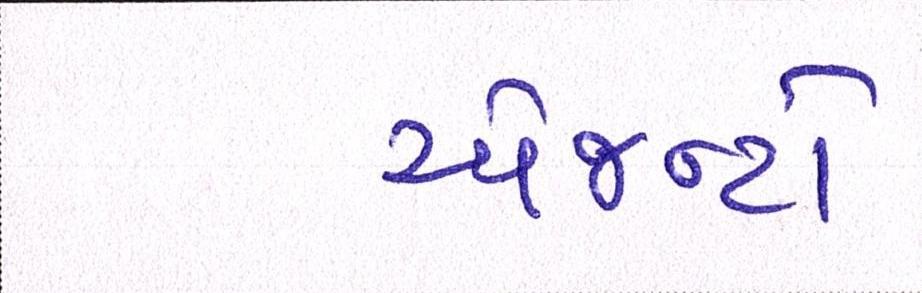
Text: એજન્ટો